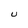
Character: U